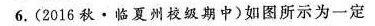
6.(2016秋·临夏州校级期中)如图所示为一定